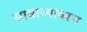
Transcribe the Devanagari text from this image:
साम्राज्यावरून